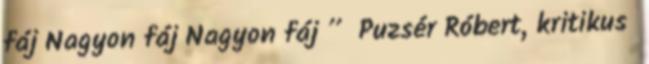
fáj Nagyon fáj Nagyon fáj ” Puzsér Róbert, kritikus